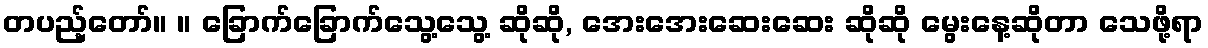
တပည့်တော်။ ။ ခြောက်ခြောက်သွေ့သွေ့ ဆိုဆို, အေးအေးဆေးဆေး ဆိုဆို မွေးနေ့ဆိုတာ သေဖို့ရာ